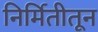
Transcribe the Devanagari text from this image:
निर्मितीतून